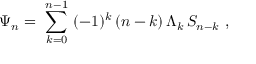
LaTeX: \Psi _ { n } = \ \sum _ { k = 0 } ^ { n - 1 } \ ( - 1 ) ^ { k } \, ( n - k ) \, \Lambda _ { k } \, S _ { n - k } \ ,